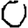
Digit: 0